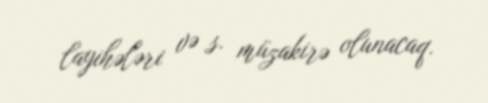
layihələri və s. müzakirə olunacaq.